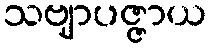
သဗျာပဇ္ဇာယ